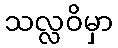
သလ္လဝိမှာ